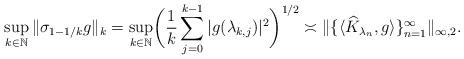
LaTeX: \begin{align*}\sup_{k\in\mathbb{N}}\|\sigma_{1-1/k}g\|_k=\sup_{k\in\mathbb{N}}\biggl(\frac1k\sum_{j=0}^{k-1}|g(\lambda_{k,j})|^2\biggr)^{1/2}\asymp \|\{\langle\widehat{K}_{\lambda_n},g\rangle\}_{n=1}^{\infty}\|_{\infty,2}.\end{align*}